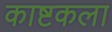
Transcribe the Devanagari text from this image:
काष्टकला